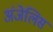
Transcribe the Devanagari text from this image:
अंजेलिस